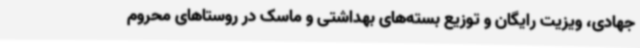
جهادی، ویزیت رایگان و توزیع بسته‌های بهداشتی و ماسک در روستاهای محروم